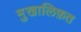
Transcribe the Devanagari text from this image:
मु़खालिफ़त